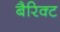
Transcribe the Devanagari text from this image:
बैरिक्ट